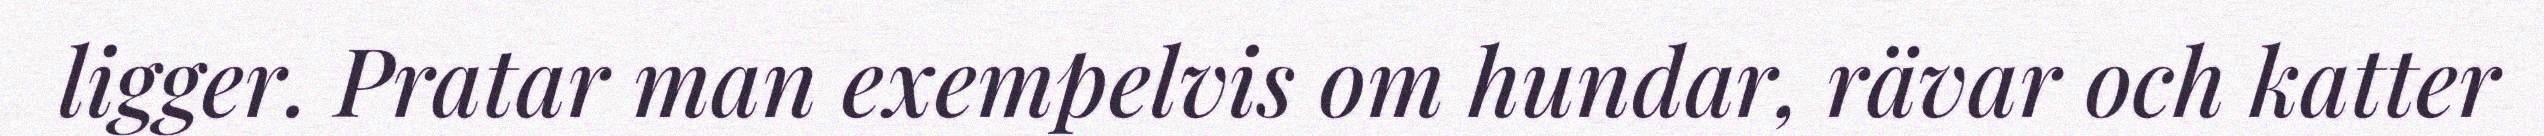
ligger. Pratar man exempelvis om hundar, rävar och katter